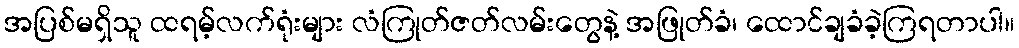
အပြစ်မရှိသူ ထရမ့်လက်ရုံးများ လံကြုတ်ဇတ်လမ်းတွေနဲ့ အဖြုတ်ခံ၊ ထောင်ချခံခဲ့ကြရတာပါ။